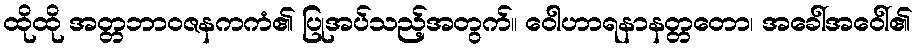
ထိုထို အတ္တဘာဝဇနကကံ၏ ပြုအပ်သည့်အတွက်။ ဝေါဟာရနာနတ္တတော၊ အခေါ်အဝေါ်၏